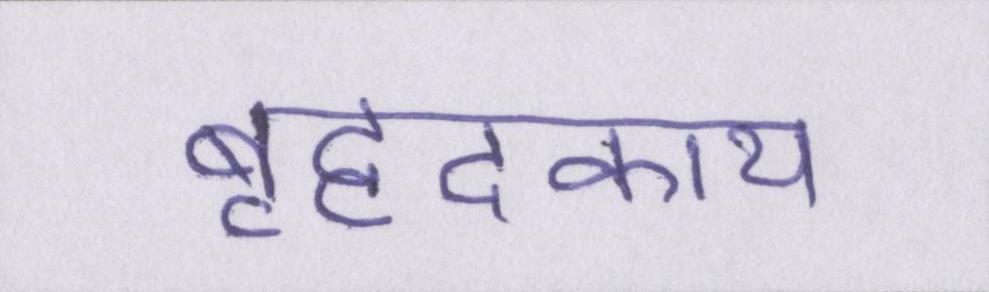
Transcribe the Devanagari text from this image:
बृहदकाय